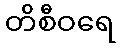
တိစီဝရေ